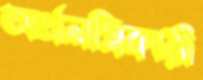
অর্থলগ্নিকারী